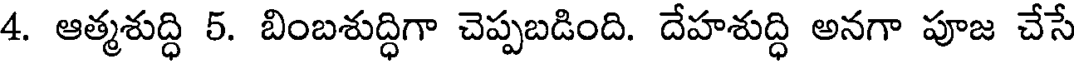
4. ఆత్మశుద్ధి 5. బింబశుద్ధిగా చెప్పబడింది. దేహశుద్ధి అనగా పూజ చేసే